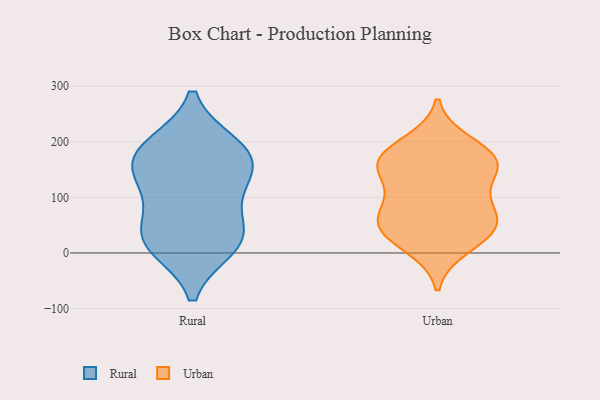
{"axis": {"x": "Headcount", "y": "Value"}, "legend": ["Rural", "Urban"], "data": [{"x": "", "y": 193, "type": "Rural"}, {"x": "", "y": 170, "type": "Rural"}, {"x": "", "y": 39, "type": "Rural"}, {"x": "", "y": 159, "type": "Rural"}, {"x": "", "y": 35, "type": "Rural"}, {"x": "", "y": 19, "type": "Rural"}, {"x": "", "y": 12, "type": "Rural"}, {"x": "", "y": 130, "type": "Rural"}, {"x": "", "y": 110, "type": "Rural"}, {"x": "", "y": 188, "type": "Rural"}, {"x": "", "y": 50, "type": "Urban"}, {"x": "", "y": 167, "type": "Urban"}, {"x": "", "y": 146, "type": "Urban"}, {"x": "", "y": 197, "type": "Urban"}, {"x": "", "y": 162, "type": "Urban"}, {"x": "", "y": 44, "type": "Urban"}, {"x": "", "y": 169, "type": "Urban"}, {"x": "", "y": 86, "type": "Urban"}, {"x": "", "y": 38, "type": "Urban"}, {"x": "", "y": 92, "type": "Urban"}, {"x": "", "y": 57, "type": "Urban"}, {"x": "", "y": 12, "type": "Urban"}, {"x": "", "y": 157, "type": "Urban"}]}